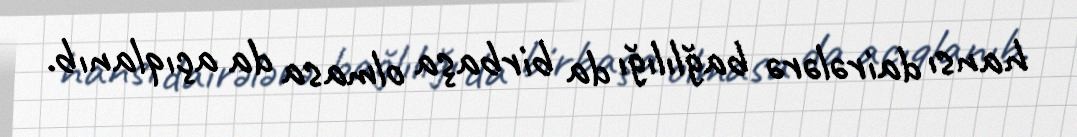
hansı dairələrə bağlılığı da birbaşa olmasa da açıqlanıb.